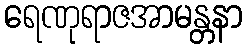
ရေဏုရာဇအာမန္တနာ